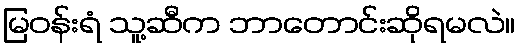
မြဝန်းရံ သူ့ဆီက ဘာတောင်းဆိုရမလဲ။